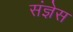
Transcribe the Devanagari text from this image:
संज्ञेस